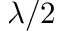
\lambda / 2